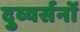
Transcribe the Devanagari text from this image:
दुव्यर्सनों